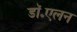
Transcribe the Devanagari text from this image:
डॉ॰एलन